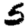
Digit: 5